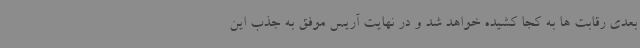
بعدی رقابت ها به کجا کشیده خواهد شد و در نهایت آریس موفق به جذب این